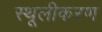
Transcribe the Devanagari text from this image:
स्थूलीकरण